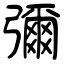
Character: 彌